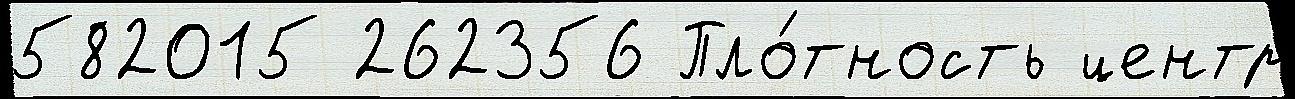
582015 262356 Пло́тность центр